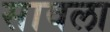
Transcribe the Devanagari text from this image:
सावला